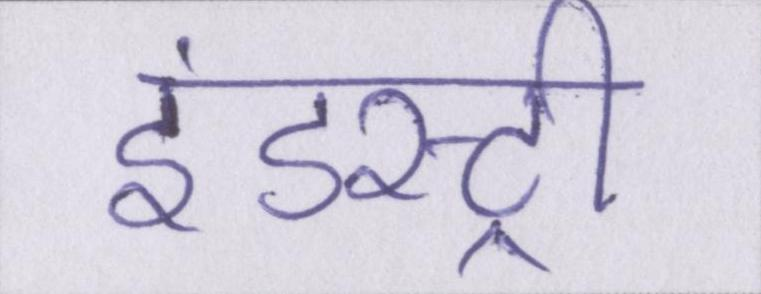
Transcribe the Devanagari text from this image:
इंडस्ट्री